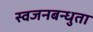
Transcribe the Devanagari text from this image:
स्वजनबन्धुता